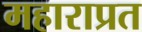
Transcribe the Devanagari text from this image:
महाराप्रत